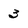
Character: 3